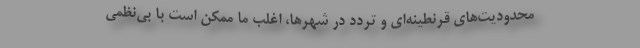
محدودیت‌های قرنطینه‌ای و تردد در شهرها، اغلب ما ممکن است با بی‌نظمی